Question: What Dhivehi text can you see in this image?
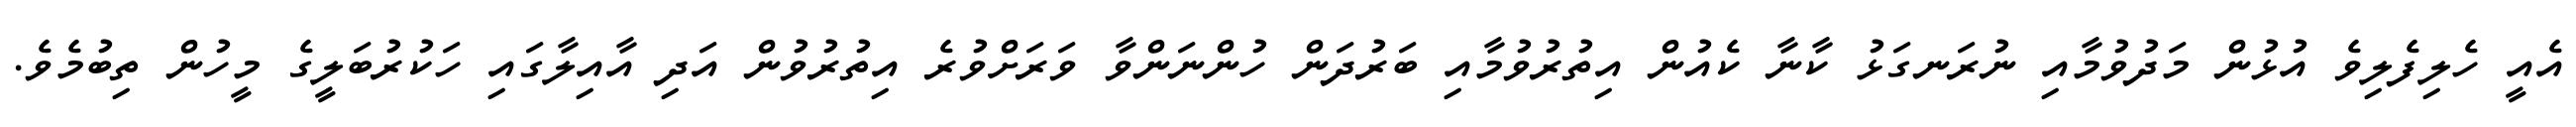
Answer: އެއީ ހެލިފެލިވެ އުޅުން މަދުވުމާއި ނުރަނގަޅު ކާނާ ކެއުން އިތުރުވުމާއި ބަރުދަން ހުންނަންވާ ވަރަށްވުރެ އިތުރުވުން އަދި އާއިލާގައި ހަކުރުބަލީގެ މީހުން ތިބުމެވެ.